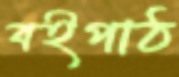
বইপাঠ